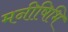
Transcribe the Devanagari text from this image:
मनीषिभि